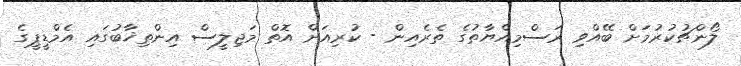
ލޯންޗުކުރުމަށް ބޭއްވި ރަސްމިއްޔާތުގެ ތެރެއިން - ކުރިއަށް އޮތް މަޖިލީސް އިންތިޚާބުގައި އެމްޑީޕީގެ